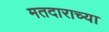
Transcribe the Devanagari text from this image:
मतदाराच्या